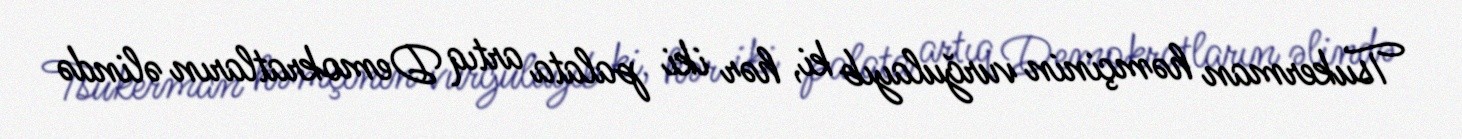
Tsukerman həmçinin vurğulayıb ki, hər iki palata artıq Demokratların əlində